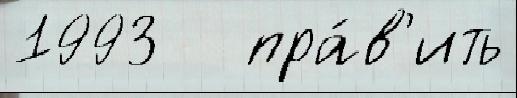
1993   пра́в'ить